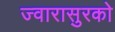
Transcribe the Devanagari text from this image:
ज्वारासुरकाे